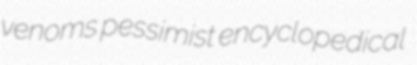
venoms pessimist encyclopedical